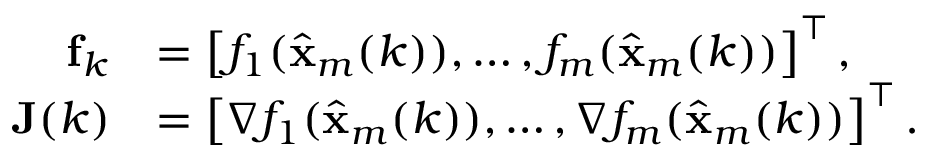
\begin{array} { r l } { { \bf f } _ { k } } & { = \left[ f _ { 1 } ( \hat { \bf x } _ { m } ( k ) ) , \ldots , f _ { m } ( \hat { \bf x } _ { m } ( k ) ) \right] ^ { \top } , } \\ { { \bf J } ( k ) } & { = \left[ \nabla f _ { 1 } ( \hat { \bf x } _ { m } ( k ) ) , \ldots , \nabla f _ { m } ( \hat { \bf x } _ { m } ( k ) ) \right] ^ { \top } . } \end{array}